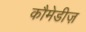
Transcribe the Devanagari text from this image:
कौमेडीज़